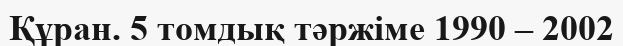
Құран. 5 томдық тәржіме 1990 – 2002